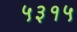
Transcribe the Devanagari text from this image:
५३१५